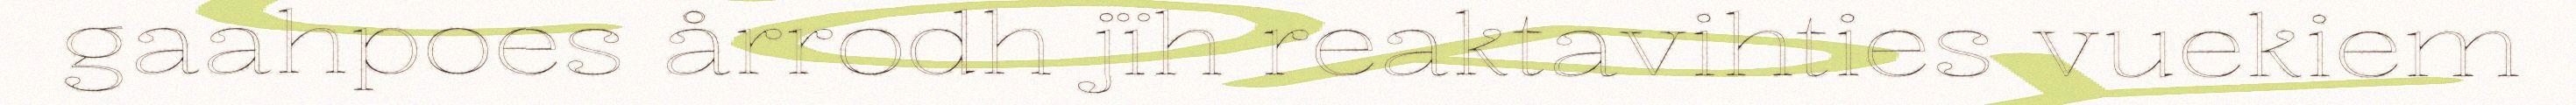
gaahpoes årrodh jïh reaktavihties vuekiem